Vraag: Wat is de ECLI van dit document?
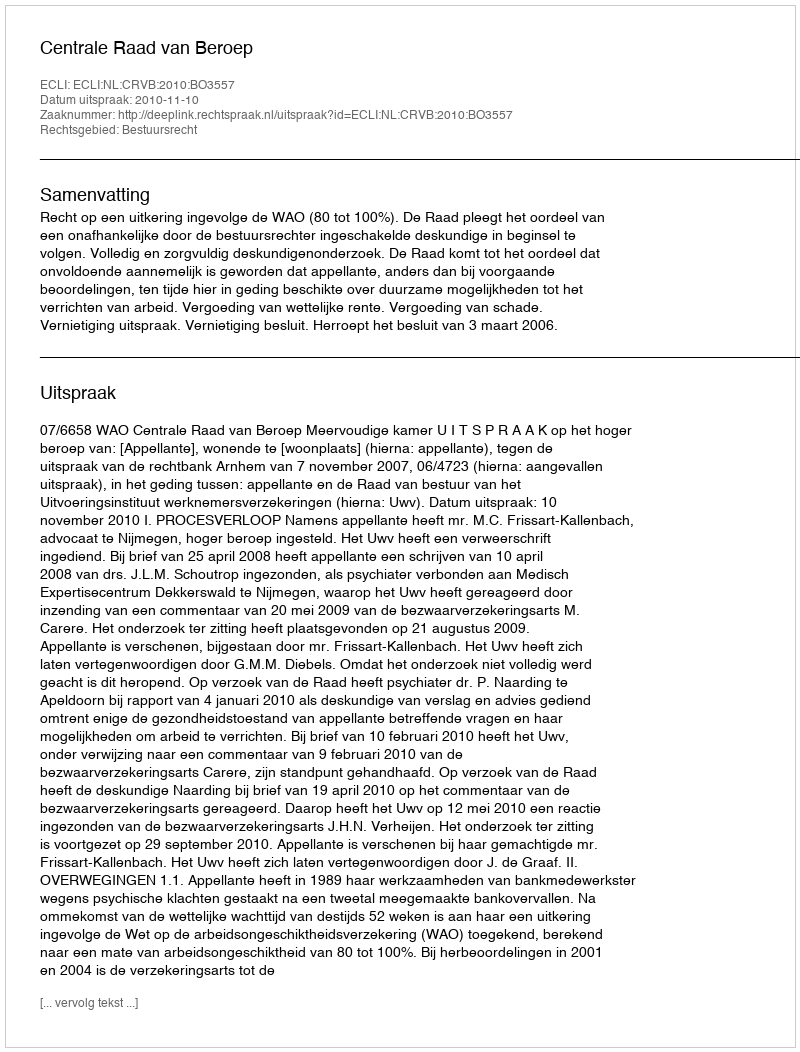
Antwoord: ECLI:NL:CRVB:2010:BO3557